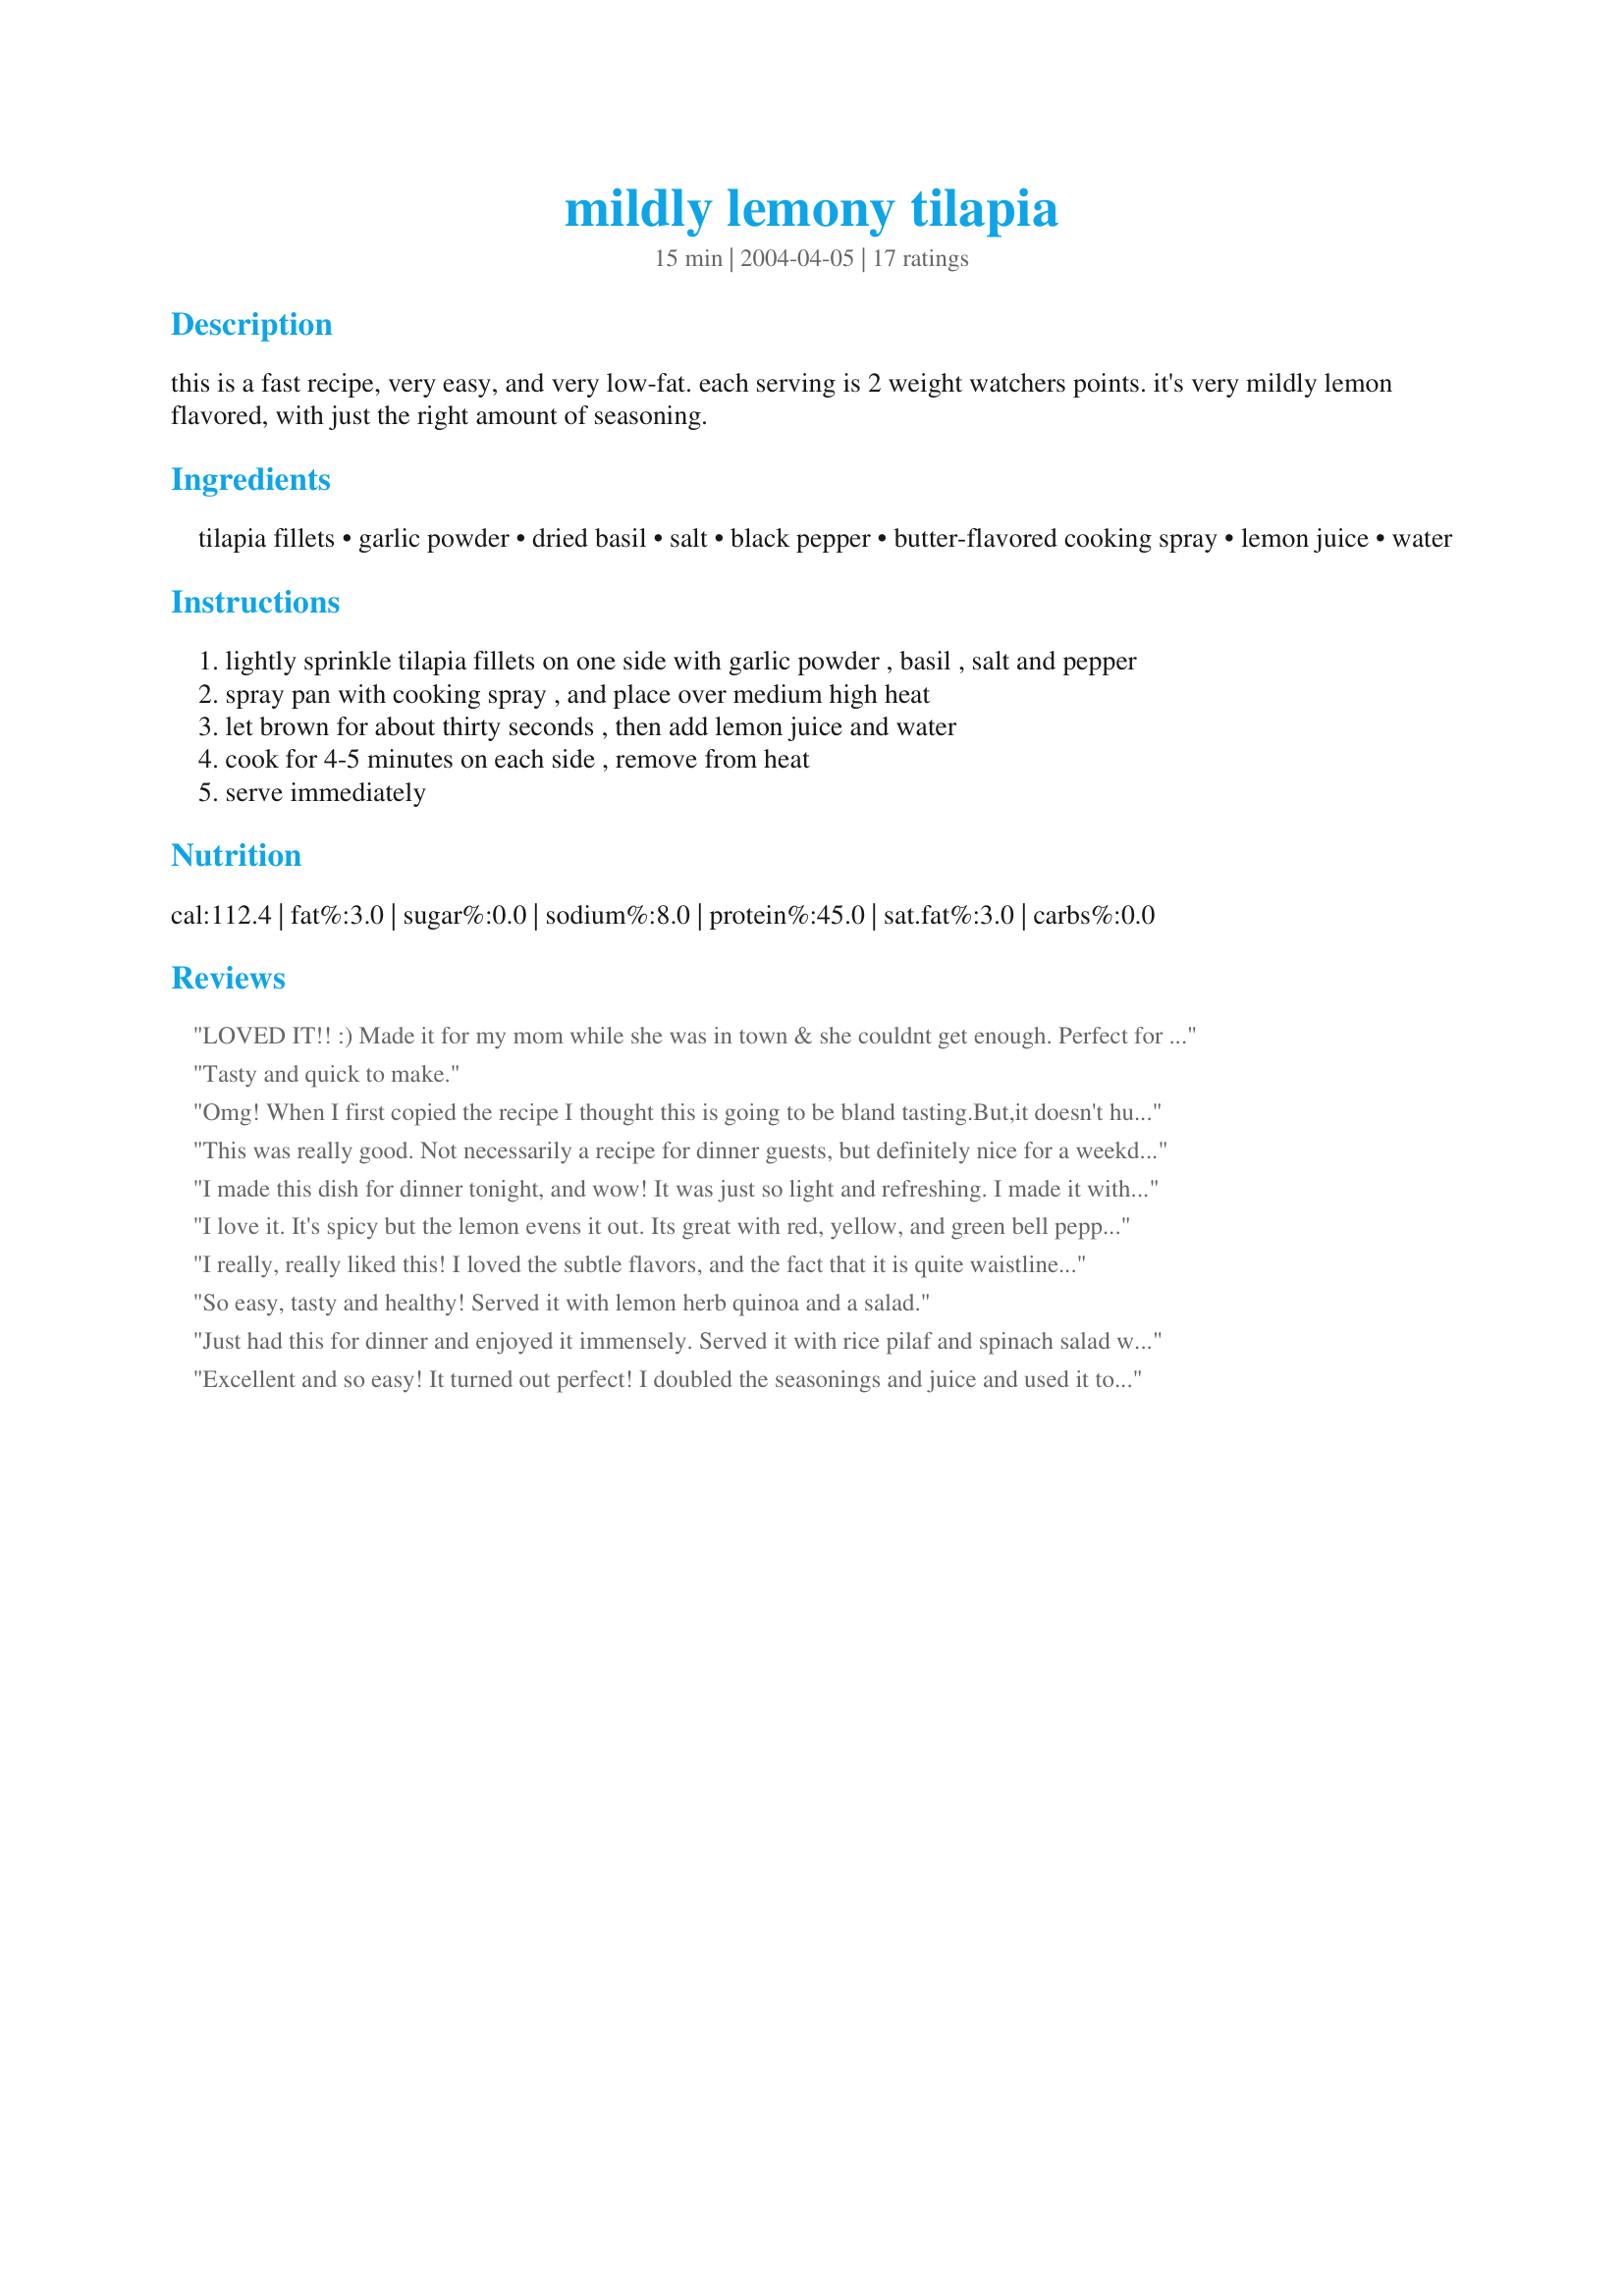
mildly lemony tilapia
Preparation time: 15 minutes

this is a fast recipe, very easy, and very low-fat. each serving is 2 weight watchers points. it's very mildly lemon flavored, with just the right amount of seasoning.

Ingredients:
tilapia fillets, garlic powder, dried basil, salt, black pepper, butter-flavored cooking spray, lemon juice, water

Steps:
lightly sprinkle tilapia fillets on one side with garlic powder , basil , salt and pepper
spray pan with cooking spray , and place over medium high heat
let brown for about thirty seconds , then add lemon juice and water
cook for 4-5 minutes on each side , remove from heat
serve immediately

Reviews:
LOVED IT!! :) Made it for my mom while she was in town & she couldnt get enough. Perfect for summer... Light, delicious & super easy!! A
Tasty and quick to make.
Omg! When I first copied the recipe I thought this is going to be bland tasting.But,it doesn't hurt to try something healthy to eat.I also, thought I wouldn't taste the lemon juice once I added the water to it.When I took that first bite,all I can say was, OMG!You can taste the lemon juice right off from the start it's not to over powering,and the seasoning is right, even though I added another spice to it.<br/>Also,I wanted to add, that this my first time ever cooking fish without frying it or adding flour to it.So,you kind can see why I was skiptical about cooking something this healthy and not mention, it was fast to.I finally found a recipe that doesn't envolve frying,oil or flour.I know I will be cooking this talapia recipe often.Thanks,for the recipe,it's good!
This was really good. Not necessarily a recipe for dinner guests, but definitely nice for a weekday meal. My DH appreciated that the lemon was there but not overpowering. Great served with baked potatoes and steamed asparagus.
I made this dish for dinner tonight, and wow! It was just so light and refreshing. I made it with some orzo and some green beans and it just turned out wonderful. I will definently be making this again. ;)
I love it. It's spicy but the lemon evens it out. Its great with red, yellow, and green bell peppers. They add great flavor and color to the dish also.
I really, really liked this! I loved the subtle flavors, and the fact that it is quite waistline-friendly makes it a solid winner in my book. Thanks for posting.
So easy, tasty and healthy! Served it with lemon herb quinoa and a salad.
Just had this for dinner and enjoyed it immensely. Served it with rice pilaf and spinach salad which made for a great healthy combination. Nice flavor, healthy and oh so quick. This is exactly what the dietician (pre diabetic) ordered. Thank you!
Excellent and so easy! It turned out perfect! I doubled the seasonings and juice and used it to saute some green beans to go with the fish. Thanks!
I love lemon with my fish and this was so much better since the flavor permeated the whole piece of fish. So quick and easy to prepare too. This is a wonderful low fat dish that I will definitely fix again. Thanks for posting Amanda.
I really enjoyed the mild taste and it was very easy & quick to make....
A very easy weeknight meal. Came together quickly and was cooked quickly. Nice mild lemon flavor. Thanks!
I think this dish has a lot of potential, and I'm sure I'll will be make it again. Before attempting this again, I'll have to figure out what seasonings to use, by reading all of the review, and see that will work for others, and than for me, to make it more flavorful or lot better for me to do! Anyway, excellent to do a SCRATCH on recipes. The more I play with my food, the more I love cooking, to make a recipe that will work for me, that is!! Than I can do the happy food dance!! I've will added this to my recipe book with my additions. THANK YOU!!
wow, this was really easy and very good! I didn't make enough, because it was gone as soon as it hit their plates, and they still wanted more, next time I will have to make double the recipe!!!
very easy and mild. I didn't have any basil, so I didn't include it, I think I used extra lemon and garlic powder and my husband even had two pieces.
Fast & easy. Very mild flavored. It hit the spot!!
